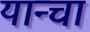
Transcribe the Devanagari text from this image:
यान्चा